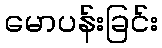
မောပန်းခြင်း